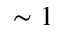
\sim 1